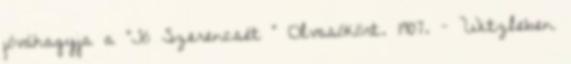
jóváhagyja a "Jó Szerencsét ” Olvasókört. 1907. – Witzleben